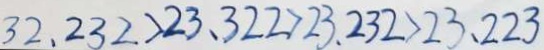
3 2 . 2 3 2 > 2 3 . 3 2 2 > 2 3 . 2 3 2 > 2 3 . 2 2 3